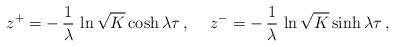
\begin{align*}z^{+} = -\,\frac{1}{\lambda}\,\ln\sqrt{K}\cosh \lambda\tau\,, \hspace{0.5cm} z^{-} = -\,\frac{1}{\lambda}\,\ln\sqrt{K}\sinh \lambda\tau\,,\end{align*}